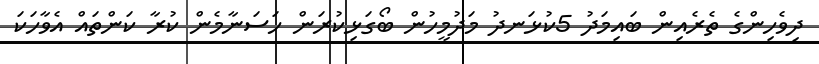
ދިވެހިންގެ ތެރެއިން ބައިމަދު 5ކުޅަނދު މަދުމީހުން ބޯގަޅިކުރަން ހަސަނާމެން ކުރާ ކަންތައް އެވާހަކަ